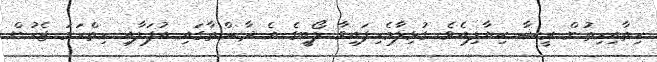
ހިތާއިހިތުން ރީޝާ ކިޔާލިއެވެ. ގުޅިލާމެހިފައިވާ ލޯބީގެ އެ ދާސްތާގައި އުފަލާއި ހިތްހަމަ ޖެހުން